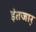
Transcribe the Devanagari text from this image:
इंतजा़र